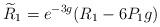
LaTeX: \begin{align*}\widetilde{R}_{1}=e^{-3g}(R_{1}-6P_{1}g) \end{align*}